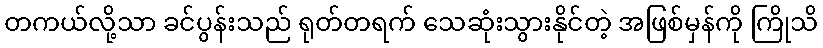
တကယ်လို့သာ ခင်ပွန်းသည် ရုတ်တရက် သေဆုံးသွားနိုင်တဲ့ အဖြစ်မှန်ကို ကြိုသိ